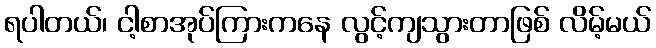
ရပါတယ်၊ ငါ့စာအုပ်ကြားကနေ လွင့်ကျသွားတာဖြစ် လိမ့်မယ်